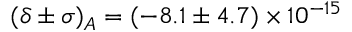
( \delta \pm \sigma ) _ { A } = ( - 8 . 1 \pm 4 . 7 ) \times 1 0 ^ { - 1 5 }